Report of the Indian Hemp Drugs Commission, 1894-1895 - Volume I
Year: 1894
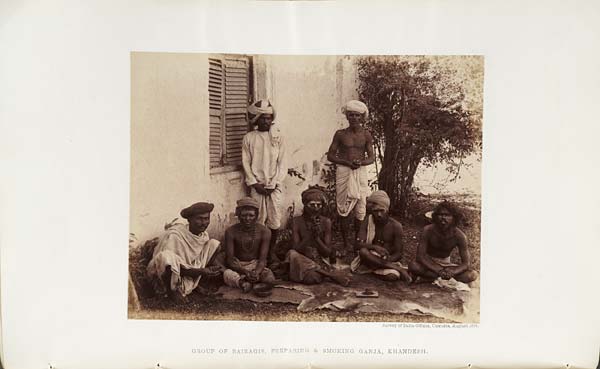
Survey of India Offices, Calcutta, August 1894.
GROUP OF BAIRAGIS, PREPARING & SMOKING GANJA, KHANDESH.